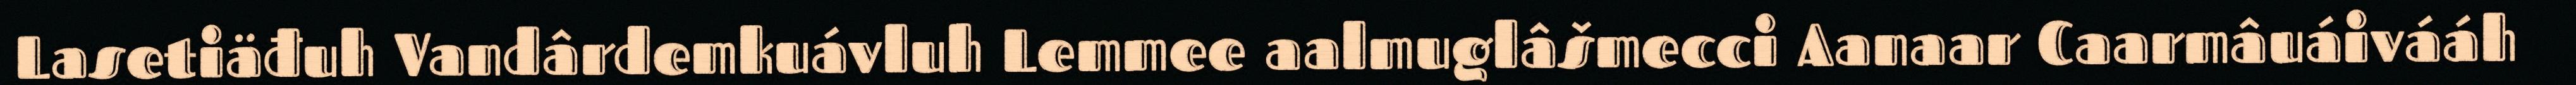
Lasetiäđuh Vandârdemkuávluh Lemmee aalmuglâšmecci Aanaar Caarmâuáivááh